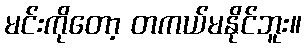
မင်းကိုတော့ တကယ်မနိုင်ဘူး။